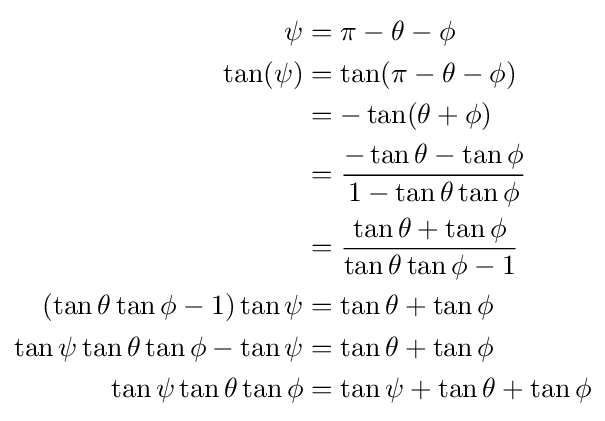
{\begin{aligned}\psi &=\pi -\theta -\phi \\\tan(\psi )&=\tan(\pi -\theta -\phi )\\&=-\tan(\theta +\phi )\\&={\frac {-\tan \theta -\tan \phi }{1-\tan \theta \tan \phi }}\\&={\frac {\tan \theta +\tan \phi }{\tan \theta \tan \phi -1}}\\(\tan \theta \tan \phi -1)\tan \psi &=\tan \theta +\tan \phi \\\tan \psi \tan \theta \tan \phi -\tan \psi &=\tan \theta +\tan \phi \\\tan \psi \tan \theta \tan \phi &=\tan \psi +\tan \theta +\tan \phi \\\end{aligned}}